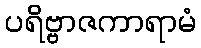
ပရိဗ္ဗာဇကာရာမံ